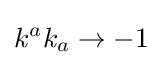
k^{a}k_{a}\to -1